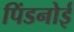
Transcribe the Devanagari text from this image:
पिंडनोई